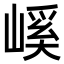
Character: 嵠